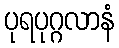
ပုရပုဂ္ဂလာနံ